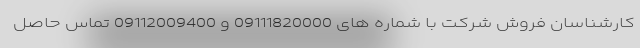
کارشناسان فروش شرکت با شماره های 09111820000 و 09112009400 تماس حاصل